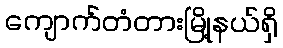
ကျောက်တံတားမြို့နယ်ရှိ